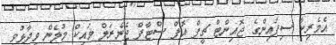
އެމެރިކާ ސިފައިންގެ ޖޮއިންޓް ޗީފް އޮފް ސްޓާފް ޖެނެރަލް މައިކް މުލެން ވިދާޅުވީ